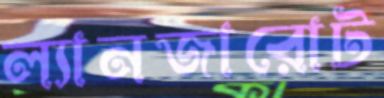
ল্যানজারোট